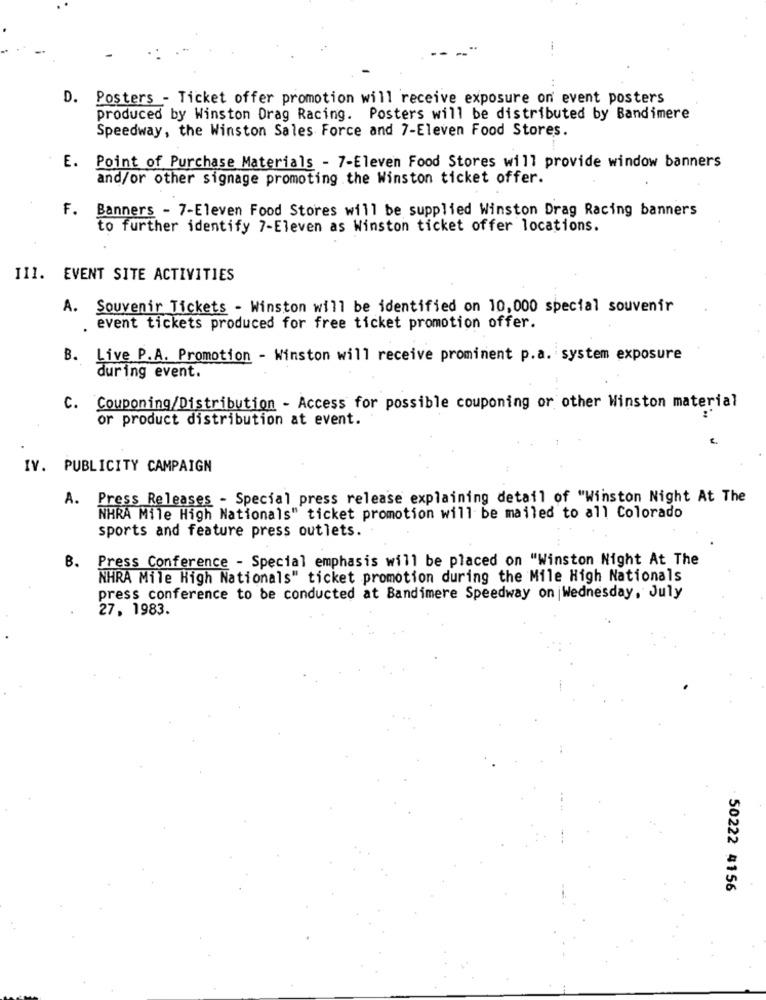
---
D. Posters - Ticket offer promotion will receive exposure on' event posters
produced by Winston Drag Racing. Posters will be distributed by Bandimere
Speedway, the Winston Sales Force and 7-Eleven Food Stores.
E. Point of Purchase Materials - 7-Eleven Food Stores will provide window banners
and/or other signage promoting the Winston ticket offer.
F. Banners - 7-Eleven Food Stores will be supplied Winston Drag Racing banners
to further identify 7-Eleven as Winston ticket offer locations.
III. EVENT SITE ACTIVITIES
A. Souvenir Tickets - Winston will be identified on 10,000 special souvenir
event tickets produced for free ticket promotion offer.
B. Live P.A. Promotion - Winston will receive prominent p.a. system exposure
during event.
c.
Couponing/Distribution - Access for possible couponing or other Winston material
or product distribution at event.
IV. PUBLICITY CAMPAIGN
A.
Press Releases - Special press release explaining detail of "Winston Night At The
NHRA Mile High Nationals" ticket promotion will be mailed to all Colorado
sports and feature press outlets.
B.
Press Conference - Special emphasis will be placed on "Winston Night At The
NHRA Mile High Nationals" ticket promotion during the Mile High Nationals
press conference to be conducted at Bandimere Speedway on Wednesday, July
27, 1983.
50222 4156